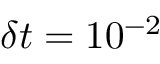
\delta t = 1 0 ^ { - 2 }